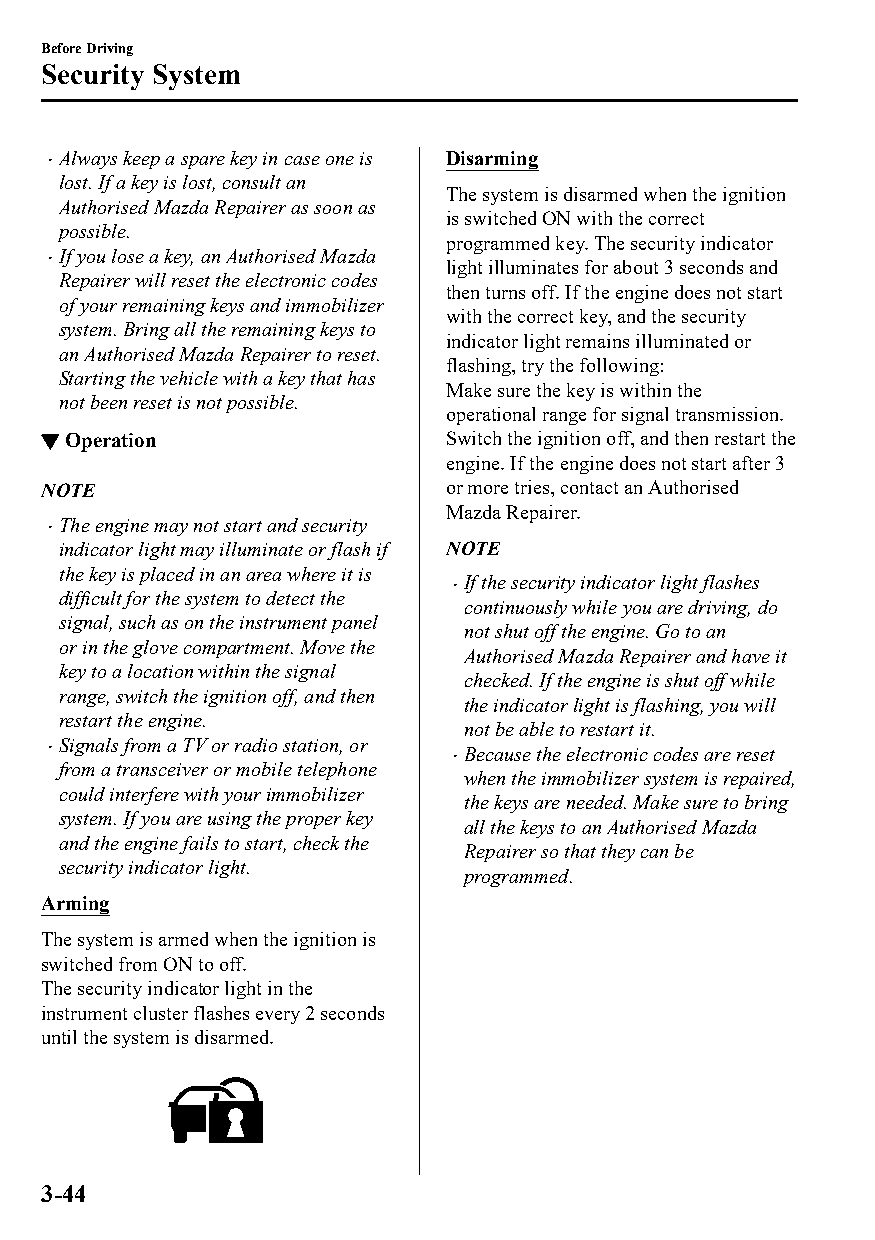
Before Driving
 Security System
 Always keep a spare key in case one is Disarming
 
 lost. If a key is lost, consult an
 The system is disarmed when the ignition
 Authorised Mazda Repairer as soon as
 is switched ON with the correct
 possible.
 programmed key. The security indicator
 If you lose a key, an Authorised Mazda
                          light illuminates for about 3 seconds and
 Repairer will reset the electronic codes
 then turns off. If the engine does not start
 of your remaining keys and immobilizer
 with the correct key, and the security
 system. Bring all the remaining keys to
 indicator light remains illuminated or
 an Authorised Mazda Repairer to reset.
 flashing, try the following:
 Starting the vehicle with a key that has
 Make sure the key is within the
 not been reset is not possible.
 operational range for signal transmission.
 ▼Operation                 Switch the ignition off, and then restart the
 engine. If the engine does not start after 3
 NOTE                       or more tries, contact an Authorised
 Mazda Repairer.
 The engine may not start and security
 
 indicator light may illuminate or flash if NOTE
 the key is placed in an area where it is
 If the security indicator light flashes
 
 difficult for the system to detect the
 continuously while you are driving, do
 signal, such as on the instrument panel
 not shut off the engine. Go to an
 or in the glove compartment. Move the
 Authorised Mazda Repairer and have it
 key to a location within the signal
 checked. If the engine is shut off while
 range, switch the ignition off, and then
 the indicator light is flashing, you will
 restart the engine.
 not be able to restart it.
 Signals from a TV or radio station, or
                           Because the electronic codes are reset
 
 from a transceiver or mobile telephone
 when the immobilizer system is repaired,
 could interfere with your immobilizer
 the keys are needed. Make sure to bring
 system. If you are using the proper key
 all the keys to an Authorised Mazda
 and the engine fails to start, check the
 Repairer so that they can be
 security indicator light.
 programmed.
 Arming
 The system is armed when the ignition is
 switched from ON to off.
 The security indicator light in the
 instrument cluster flashes every 2 seconds
 until the system is disarmed.
 3-44
 CX-3_8GT4-EE-18D_Edition4                  2018-9-6 18:32:19